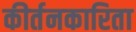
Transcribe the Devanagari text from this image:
कीर्तनकारिता